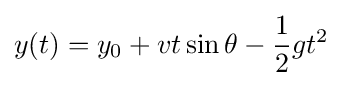
y(t)=y_{0}+vt\sin \theta -{\frac {1}{2}}gt^{2}